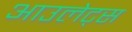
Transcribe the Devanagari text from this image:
आउलेट्स